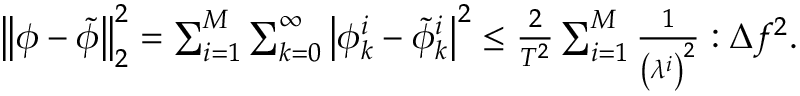
\begin{array} { r } { \left\| \phi - \tilde { \phi } \right\| _ { 2 } ^ { 2 } = \sum _ { i = 1 } ^ { M } \sum _ { k = 0 } ^ { \infty } \left| \phi _ { k } ^ { i } - \tilde { \phi } _ { k } ^ { i } \right| ^ { 2 } \leq \frac { 2 } { T ^ { 2 } } \sum _ { i = 1 } ^ { M } \frac { 1 } { \left( \lambda ^ { i } \right) ^ { 2 } } : \Delta f ^ { 2 } . } \end{array}